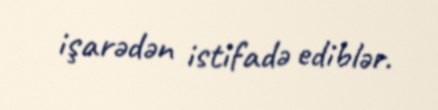
işarədən istifadə ediblər.